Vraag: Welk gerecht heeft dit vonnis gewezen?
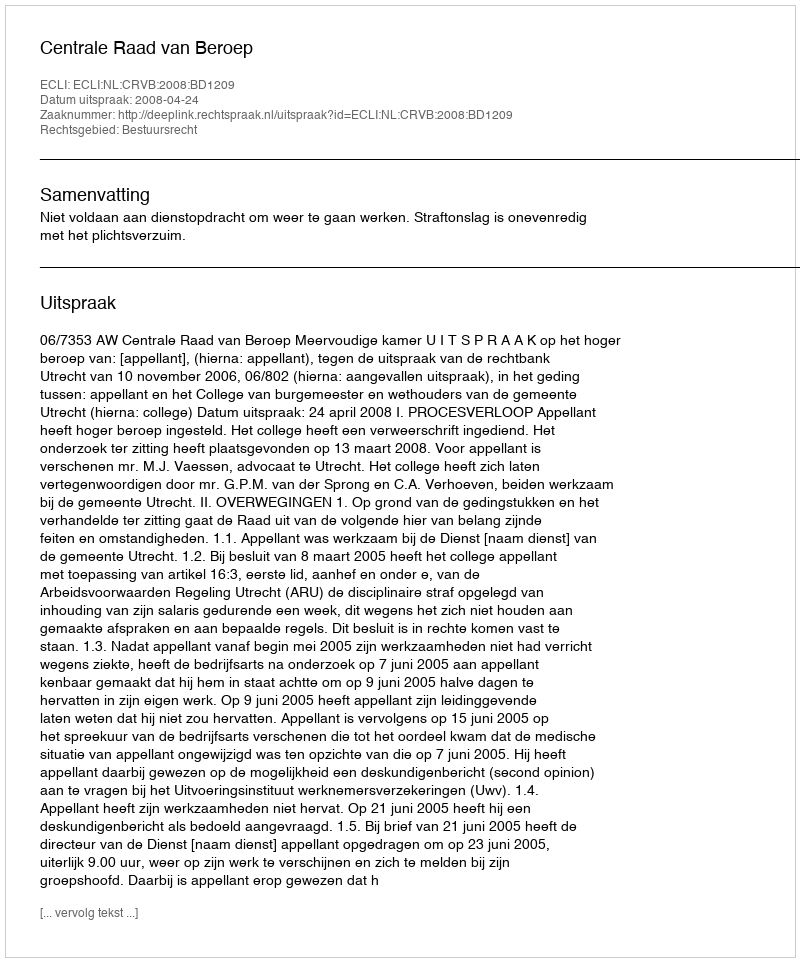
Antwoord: Centrale Raad van Beroep